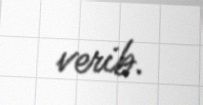
verib.